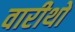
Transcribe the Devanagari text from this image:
वारीथो